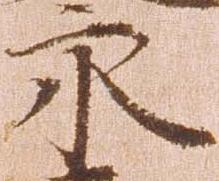
永